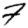
Digit: 7